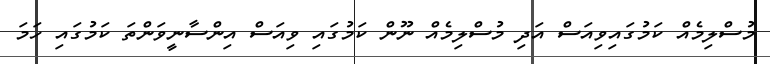
މުސްލިމެއް ކަމުގައިވިއަސް އަދި މުސްލިމެއް ނޫން ކަމުގައި ވިއަސް އިންސާނީވަންތަ ކަމުގައި ހަމަ